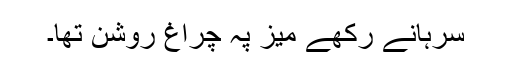
سرہانے رکھے میز پہ چراغ روشن تھا۔